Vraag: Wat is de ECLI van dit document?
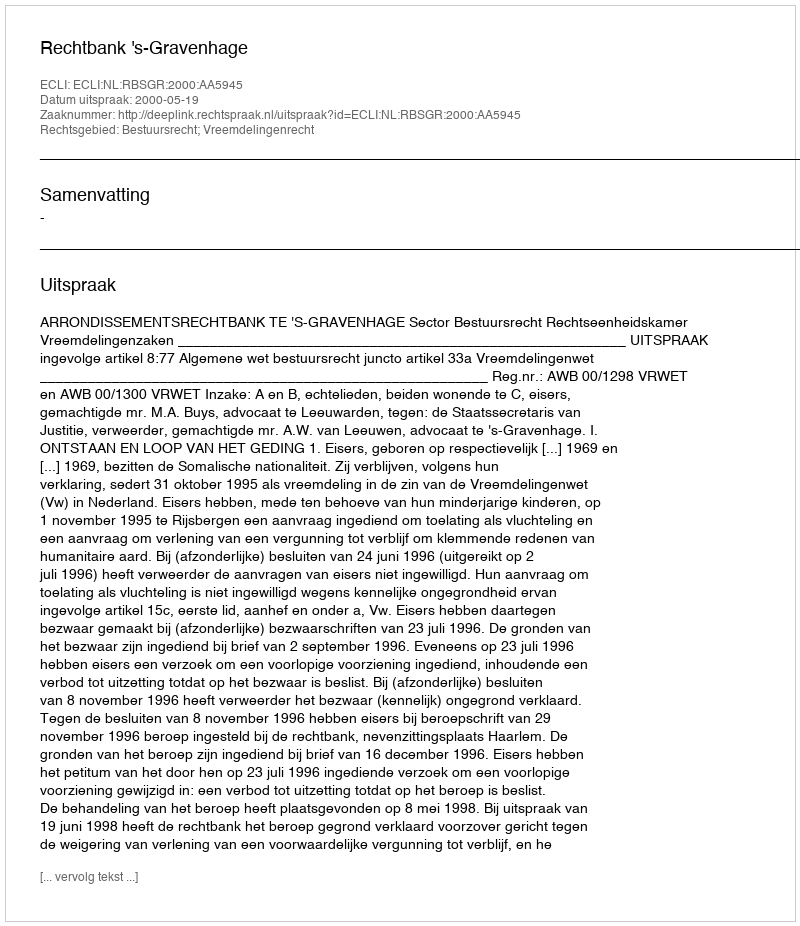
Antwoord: ECLI:NL:RBSGR:2000:AA5945